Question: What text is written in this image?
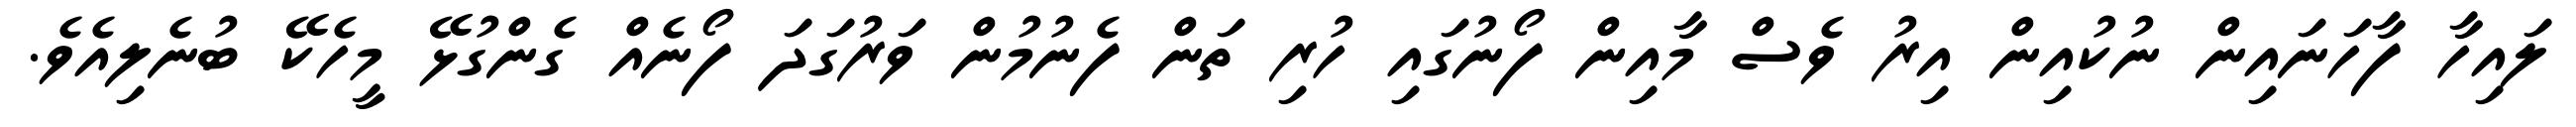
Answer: ލައިހާ ފާހަނައިން ނުކުއިން އިރު ވެސް މާއިން ފޯނުގައި ހުރި ތަން ފެނުމުން ވަރުގަދަ ފޯނެއް ގެންގުޅޭ މީހެކޭ ބުނެލިއެވެ.